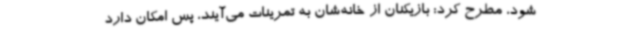
شود، مطرح کرد: بازیکنان از خانه‌شان به تمرینات می‌آیند، پس امکان دارد